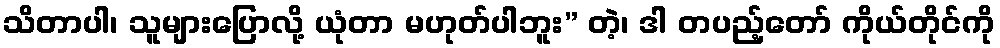
သိတာပါ၊ သူများပြောလို့ ယုံတာ မဟုတ်ပါဘူး” တဲ့၊ ဒါ တပည့်တော် ကိုယ်တိုင်ကို